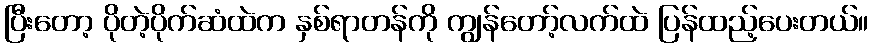
ပြီးတော့ ပိုတဲ့ပိုက်ဆံထဲက နှစ်ရာတန်ကို ကျွန်တော့်လက်ထဲ ပြန်ထည့်ပေးတယ်။